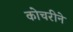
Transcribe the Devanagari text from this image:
कोचरीने